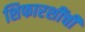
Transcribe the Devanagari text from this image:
शिफारशींची